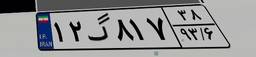
۳۱گ۶۹۱۲۳